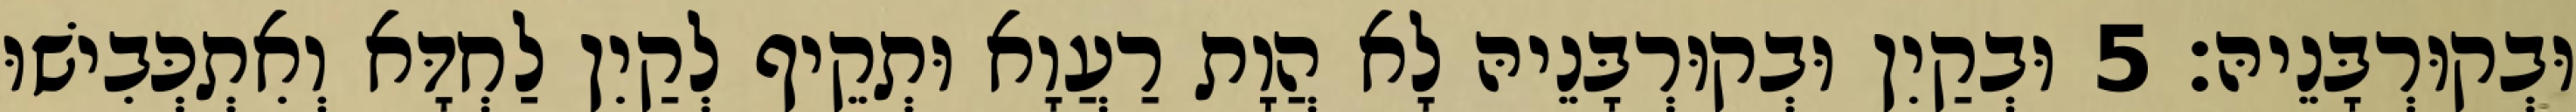
וּבְקוּרְבָּנֵיהּ׃ 5 וּבְקַיִן וּבְקוּרְבָּנֵיהּ לָא הֲוָת רַעֲוָא וּתְקֵיף לְקַיִן לַחְדָּא וְאִתְכְּבִישׁוּ